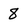
Character: 8